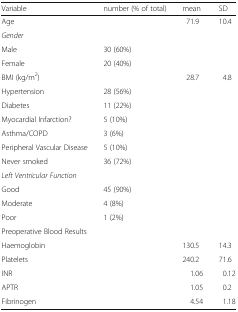
<table><thead><tr><td><b>Variable</b></td><td><b>number (% of total)</b></td><td><b>mean</b></td><td><b>SD</b></td></tr></thead><tbody><tr><td>Age</td><td></td><td>71.9</td><td>10.4</td></tr><tr><td><i>Gender</i></td><td></td><td></td><td></td></tr><tr><td>Male</td><td>30 (60%)</td><td></td><td></td></tr><tr><td>Female</td><td>20 (40%)</td><td></td><td></td></tr><tr><td>BMI (kg/m<sup>2</sup>)</td><td></td><td>28.7</td><td>4.8</td></tr><tr><td>Hypertension</td><td>28 (56%)</td><td></td><td></td></tr><tr><td>Diabetes</td><td>11 (22%)</td><td></td><td></td></tr><tr><td>Myocardial Infarction?</td><td>5 (10%)</td><td></td><td></td></tr><tr><td>Asthma/COPD</td><td>3 (6%)</td><td></td><td></td></tr><tr><td>Peripheral Vascular Disease</td><td>5 (10%)</td><td></td><td></td></tr><tr><td>Never smoked</td><td>36 (72%)</td><td></td><td></td></tr><tr><td><i>Left Ventricular Function</i></td><td></td><td></td><td></td></tr><tr><td>Good</td><td>45 (90%)</td><td></td><td></td></tr><tr><td>Moderate</td><td>4 (8%)</td><td></td><td></td></tr><tr><td>Poor</td><td>1 (2%)</td><td></td><td></td></tr><tr><td>Preoperative Blood Results</td><td></td><td></td><td></td></tr><tr><td>Haemoglobin</td><td></td><td>130.5</td><td>14.3</td></tr><tr><td>Platelets</td><td></td><td>240.2</td><td>71.6</td></tr><tr><td>INR</td><td></td><td>1.06</td><td>0.12</td></tr><tr><td>APTR</td><td></td><td>1.05</td><td>0.2</td></tr><tr><td>Fibrinogen</td><td></td><td>4.54</td><td>1.18</td></tr></tbody></table>